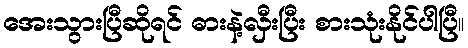
အေးသွားပြီဆိုရင် ဓားနဲ့လှီးပြီး စားသုံးနိုင်ပါပြီ။